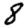
Digit: 8